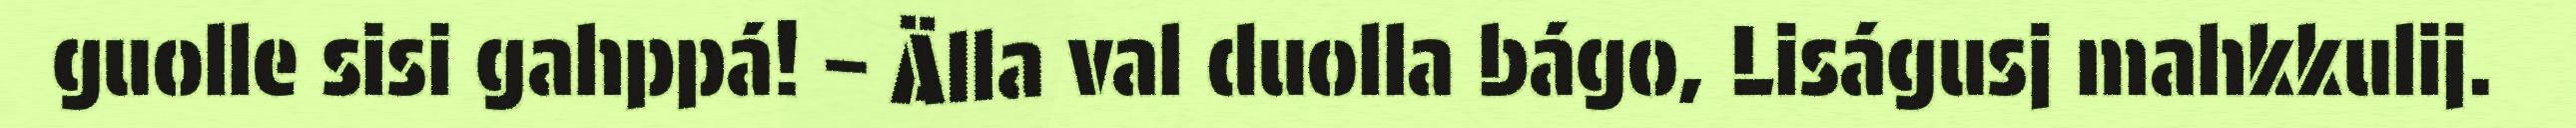
guolle sisi gahppá! – Älla val duolla bágo, Liságusj mahkkulij.